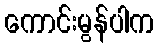
ကောင်းမွန်ပါက